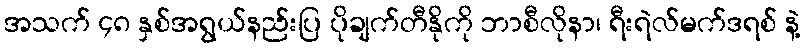
အသက် ၄၈ နှစ်အရွယ်နည်းပြ ပိုချက်တီနိုကို ဘာစီလိုနာ၊ ရီးရဲလ်မက်ဒရစ် နဲ့